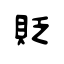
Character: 貶